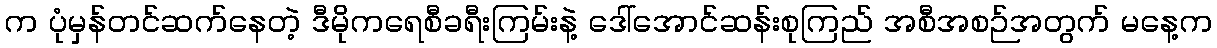
က ပုံမှန်တင်ဆက်နေတဲ့ ဒီမိုကရေစီခရီးကြမ်းနဲ့ ဒေါ်အောင်ဆန်းစုကြည် အစီအစဉ်အတွက် မနေ့က